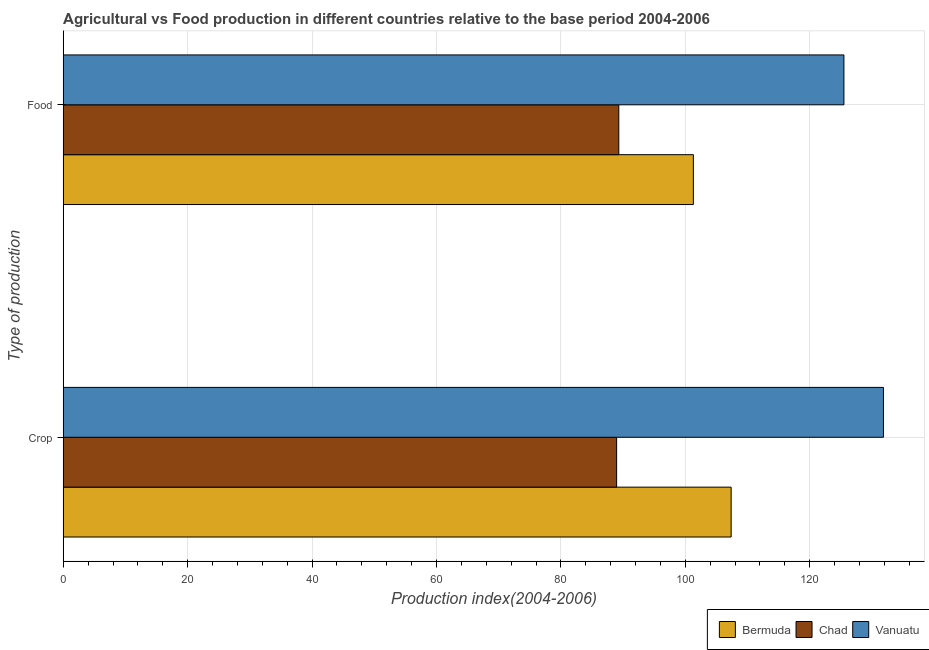
| Type of production | Bermuda | Chad | Vanuatu |
 | --- | --- | --- | --- |
 | Crop | 107 | 89 | 132 |
 | Food | 101 | 89.3 | 126 |